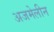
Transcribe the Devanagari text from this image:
अजमेलीन